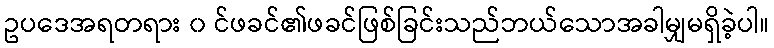
ဥပဒေအရတရား ၀ င်ဖခင်၏ဖခင်ဖြစ်ခြင်းသည်ဘယ်သောအခါမျှမရှိခဲ့ပါ။